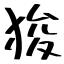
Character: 狻